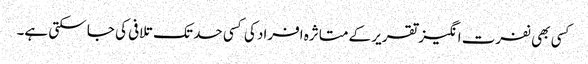
کسی بھی نفرت انگیز تقریر کے متاثرہ افراد کی کسی حد تک تلافی کی جا سکتی ہے۔